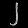
Digit: ၂